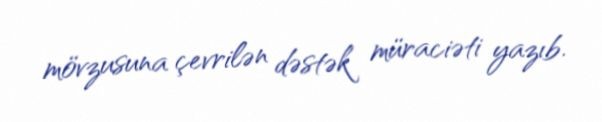
mövzusuna çevrilən dəstək müraciəti yazıb.